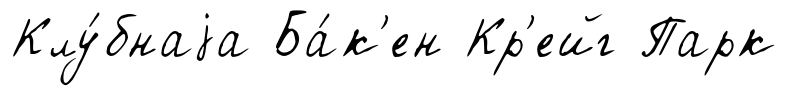
Клу́бнаjа Ба́к'ен Кр'ейг Парк